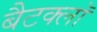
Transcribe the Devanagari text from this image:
बैटक्लॉ